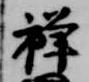
禅